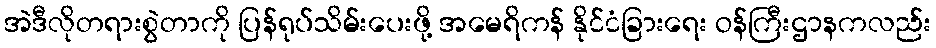
အဲဒီလိုတရားစွဲတာကို ပြန်ရုပ်သိမ်းပေးဖို့ အမေရိကန် နိုင်ငံခြားရေး ဝန်ကြီးဌာနကလည်း